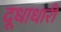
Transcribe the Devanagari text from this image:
दूधाधारी